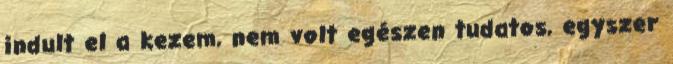
indult el a kezem, nem volt egészen tudatos, egyszer